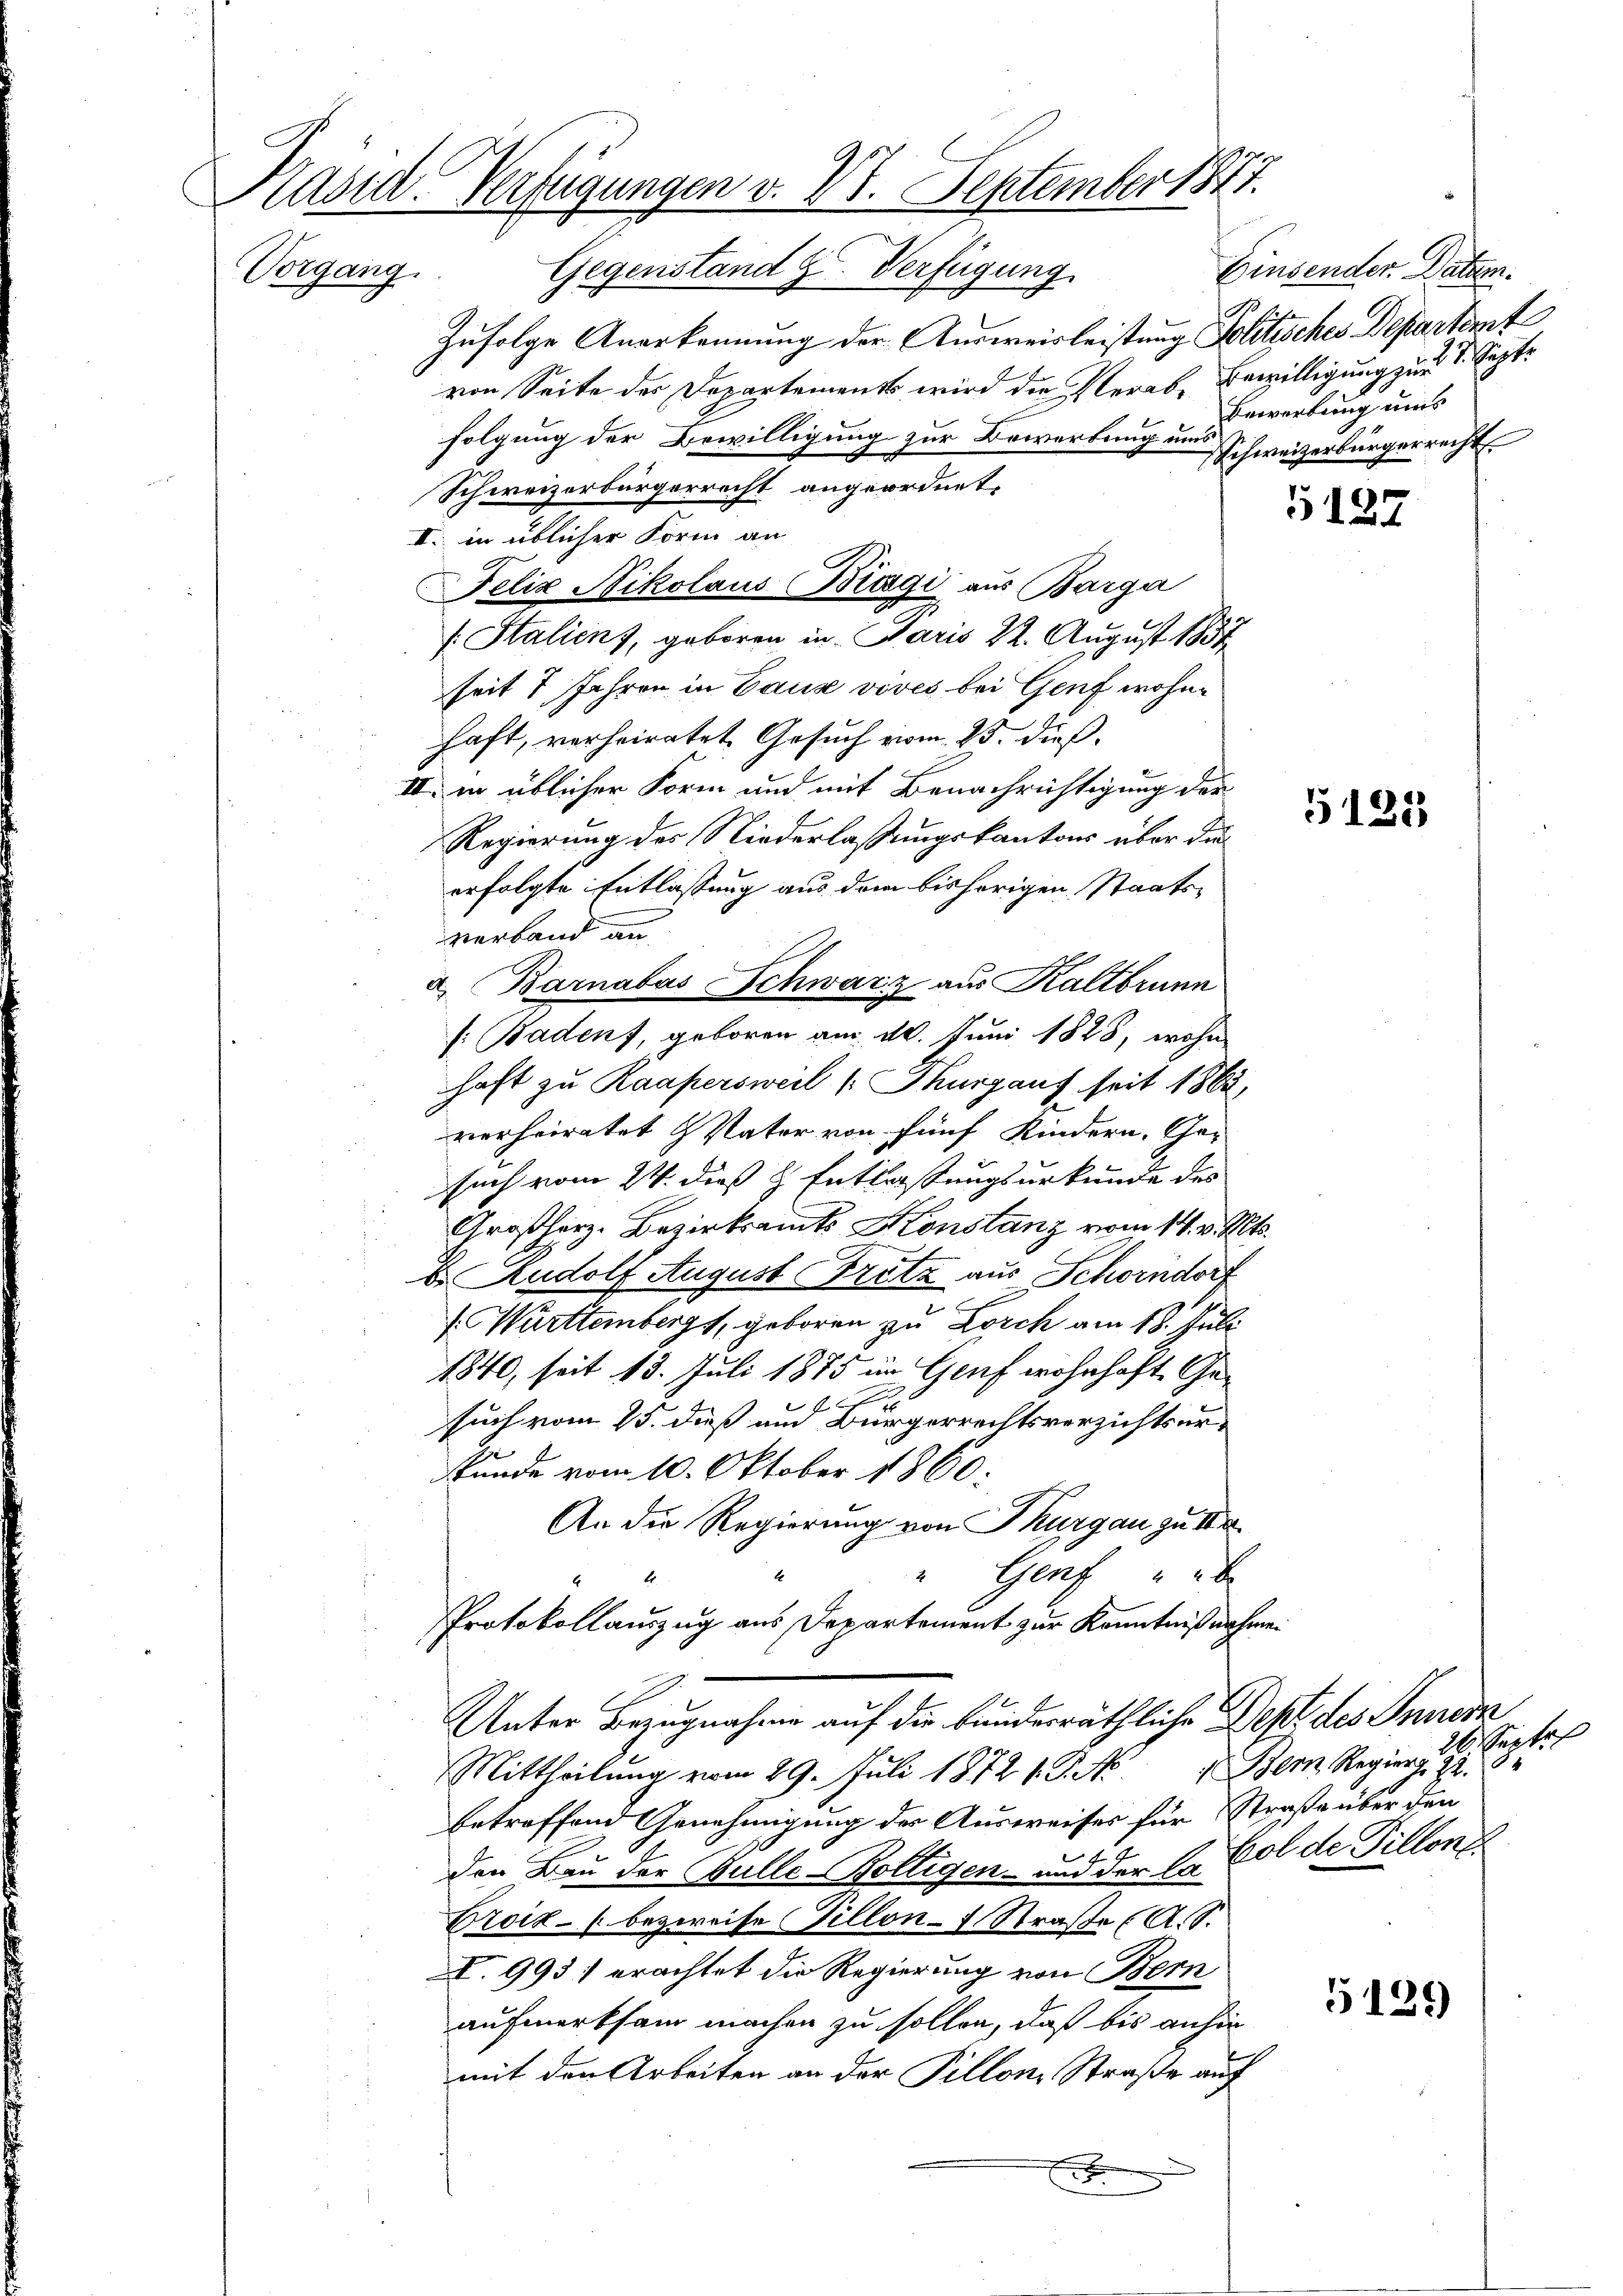
Kasid. Verfügungen v. 18. September 1817.
Vorgang. Gegenstand z. Verfügung

Zufolge Anerkennung der Ausweisleistung Politisches Departemt
von Seite der Departements wird die Verab, Bewilligung zum 1. Septe
folgung der Bewilligung zur Bewertung um Schweizerbürgerrecht.
Schweizerbürgerrecht angeordnet.
II. in üblicher Form an
f. Stalien), geboren in Paris 22. August 1854
seit 7 Jahren in Caus vives bei Genf wohnhaft, verheiratet, Gesuch vom 25. dieß.
II. in üblicher Form und mit Benachrichtigung der
Regierung des Niederlaßungskantons über die
erfolgte Entlassung aus dem bisherigen Staats-
verband an
s: Badenf, geboren am 20. Juni 1828, wohn
haft zu Raapersweil (Thurgauf seit 1862
verheiratet Vater von fünf Kindern, Ge-
such vom 24. dieß & Entlastungsurkunde des
Großherz. Bezirksamts Konstanz vom 14. v. Mts.
E. Rudolf August Fritz aus Schorndorf
. Württemberg, geboren zu Lorch am 18. Juli
1840, seit 13. Juli 1875 im Genf wohnhaft Gesuch vom 25. dieß und Bürgerrechtsverzichtsur¬
Stunde vom 10. Oktober 1860.
An die Regierung von Thurgau zu II
A
Genf
2
Protokollauszug aus Departement zur Kenntnißnahme.
Unter Bezugnahme auf die bunderräthliche Dept des Innern
Mittheilung vom 29. Juli 1872 1. P. No 4 Bern Regierg. 22. 8
betreffend Genehmigung der Ausweises für Straße über den
4
den Bau der Bulle-Boltigen- und der Dr. Col de Tillon
Eroiz - (bezweife illons Straße (A.S.
V. 993) erachtet die Regierung von Bern
aufmerksam machen zu sollen, daß bis anhin
mit den Arbeiten an der Pillon, Straße auf
x

a. Barnabas Schwarz aus Kaltbrunn

Felix Nikolaus Biagi aus Barga

Einsender Datum.
Bewerbung uns

5127

5122

Septe

5129)